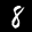
Label: 8